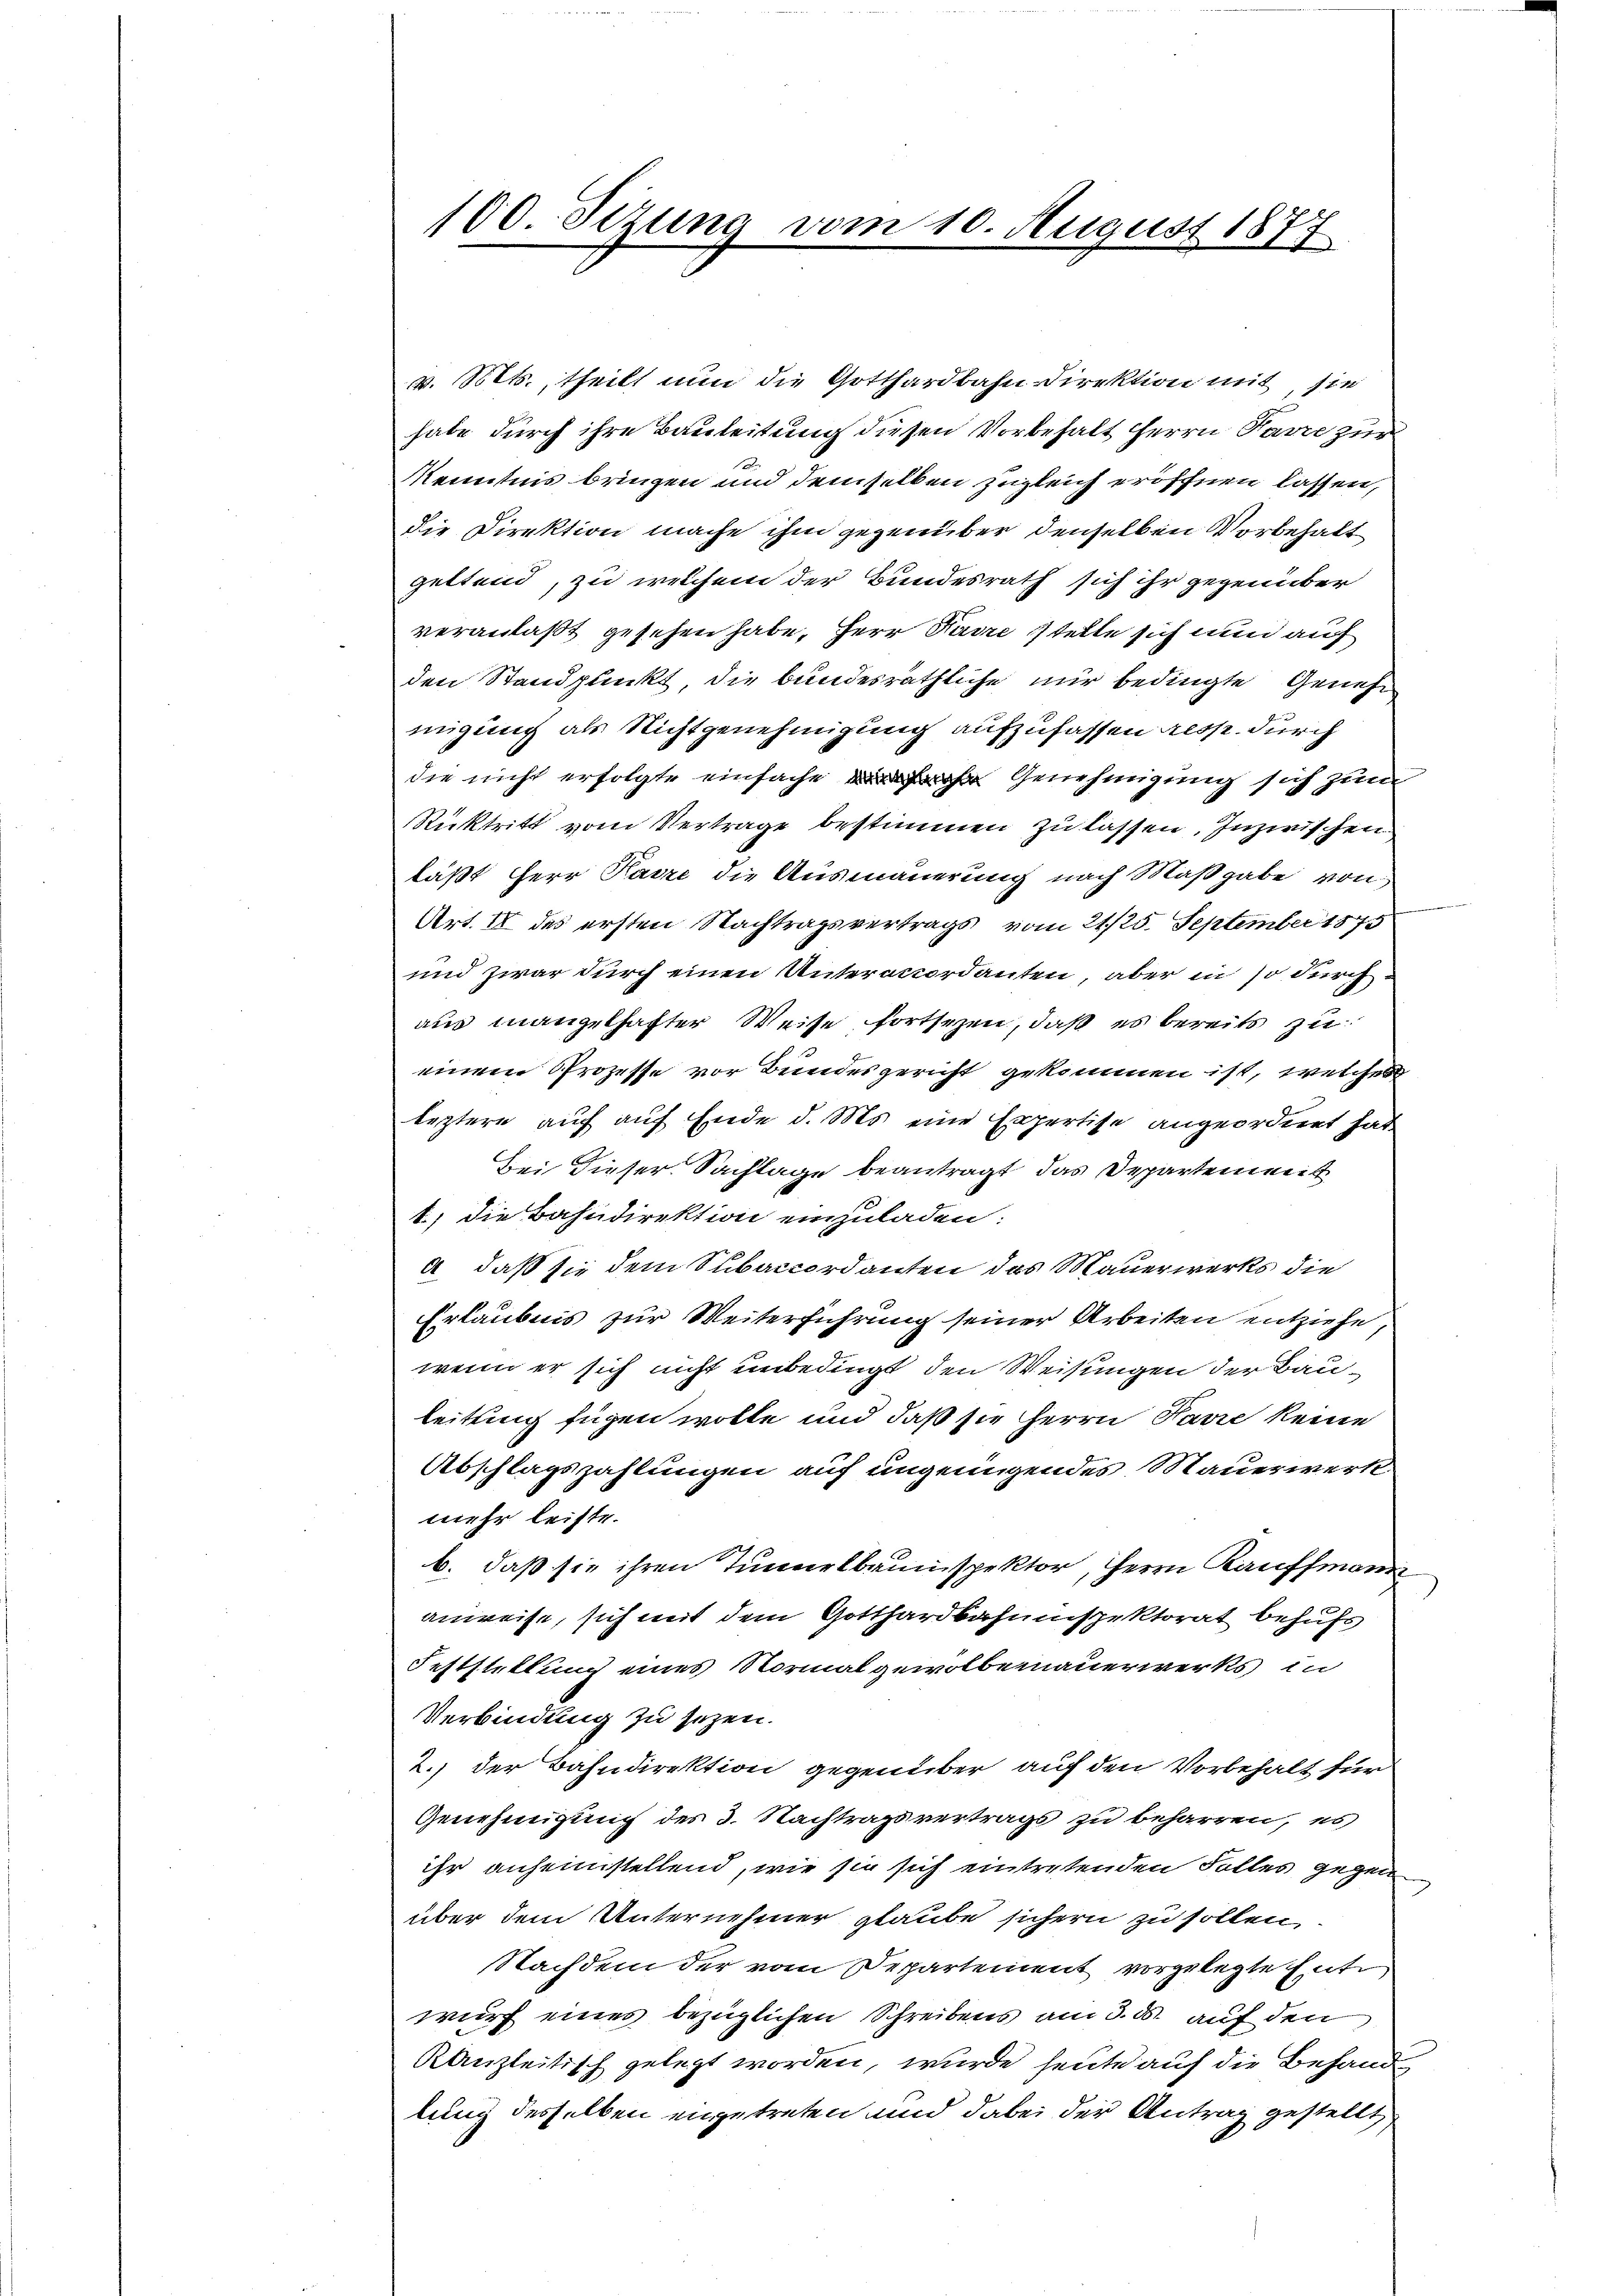
100. Sizung vom 10. August 1877

v. Mts., theilt nun die Gotthardbahn Direktion mit, sie
habe durch ihre Bauleitung diesen Vorbehalt Herrn Karre zur
Kenntnis bringen und demselben zugleich eröffnen lassen,
die Direktion mache ihm gegenüber denselben Vorbehalt
geltend, zu welchem der Bundesrath sich ihr gegenüber
veranlaßt gesehen habe, Herr Parre stelle sich nun auf
den Standpunkt die bundesräthliche nur bedingte Genehmigung als Nichtgenehmigung aufzufassen resp. durch
die nicht erfolgte einfache ihr Genehmigung sich zum
Rücktritt vom Vertrage bestimmen zu lassen. Inzwischen
läßt Herr Kaire die Ausmauerung nach Maßgabe von
Art. II des ersten Nachtragsvertrags vom 21/25. September 1875
und zwar durch einen Unterccordanten, aber in so durch
aus mangelhafter Weise fortsezen, daß es bereits zu
einem Prozesse vor Bundesgericht gekommen ist, welches
leztere auf auf Ende d. Ms. eine Expertise angeordnet hat
Bei dieser Sachlage beantragt, das Departenweit
1) die Bahndirektion einzuladen:
A daß sie dem Subaccordanten das Mauerwerks die
Erlaubnis zur Weiterführung seiner Arbeiten entziehe,
wenn er sich nicht unbedingt, den Weisungen der Bauleitung fügen wolle und daß sie herrn Havre keine
Abschlagszahlungen auf ungenügendes Mauerwerk
mehr leiste.
b. daß sie ihren Tunnelbrunspektor, Herrn Kauffmann
anweise, sich mit dem Gotthardbahnuspektorat behufs
Feststellung eines Vormal gewolbemauerwerks in
Verbindung zu sezen.
2.) der Bahndirektion gegenüber auf den Vorbehalt für
Genehmigung des 3. Nachtragsvertrags zu beharren, es
ihr anheimstellend, wie sie sich eintretenden Falles gegen
über dem Unternehmer glaube sichern zu sollen.
Nachdem der vom Departement vorgelegte Entwurf eines bezüglichen Schreibens am 3. ds. auf den
Kanzleitisch gelegt worden, wurde heute auf die Behand
lung desselben eingetreten und dabei der Antrag gestellt

e